Civil Veterinary Department. Madras. Admin. report 1910-25 - 1910-1925
Year: 1910
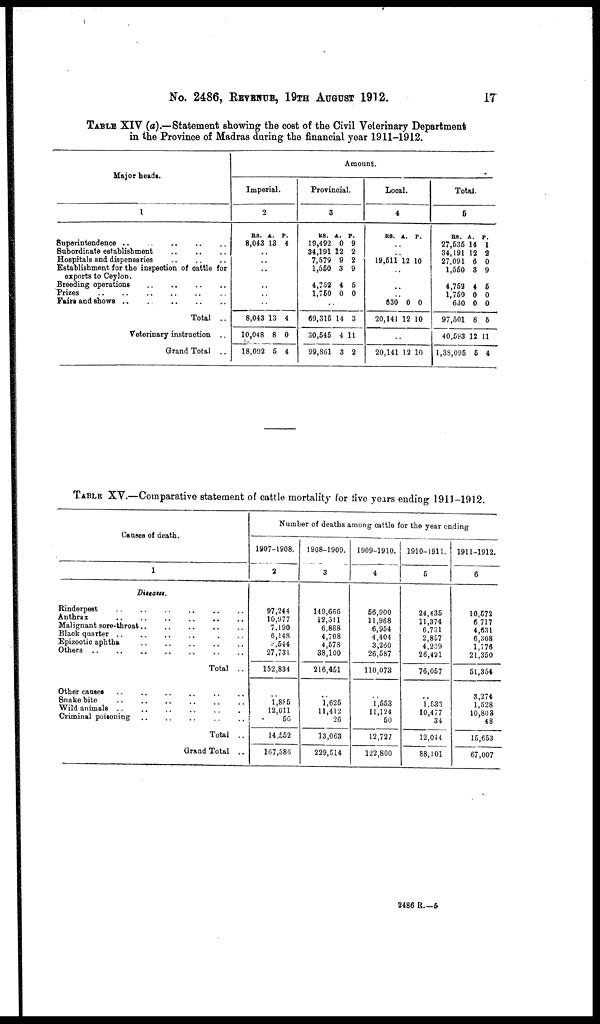
No. 2486, REVENUE, 19TH AUGUST 1912.
17
TABLE XIV (a).—Statement showing the cost of the Civil Veterinary Department
in the Province of Madras daring the financial year 1911-1912.
Major heads.
1
Superintendence
Subordinate establishment
Hospitals and dispensaries
Establishment for the inspection of cattle for
exports to Ceylon.
Breeding operations
Prizes
Fairs and shows ..
.
Total ..
Veterinary instruction ..
Grand Total ..
Amount.
Imperial.
2
RS.
8,043
A.
13
P.
4
..
..
..
..
..
..
8,043
10,048
18,092
13
8
5
4
0
4
Provincial.
3
RS.
19,492
34,191
7,579
1,560
4,752 1,750
A.
0
12
9
3
4 0
P.
9
2
2
9
5 0
..
69,315
30,545
99,861
14
4
3
3
11
2
Local.
4
RS. A. P.
..
..
19,511 12 10
..
..
..
630
20,141
0
12
0
10
..
20,141 12 10
Total.
5
RS.
27,535
34,191
27,091
1,550
4,752 1,750
630
97,501
40,593
1,38,095
A.
14
12
6
3
4 0
0
8
12
5
P.
1
2
0
9
5 0
0
5
11
4
TABLE XV.—Comparative statement of cattle mortality for five years ending 1911-1912.
Causes of death.
1
Diseases.
Rinderpest
Anthrax
Malignant sore-throat
Black quarter
Epizootic aphtha
Others
Total ..
Other causes
Snake bite
Wild animals
Criminal poisoning
Total ..
Grand Total ..
Number of deaths among cattle for the year ending
1907-1908.
2
97,244
10,977
7.190
6,148
3,544
27,731
152,834
..
1,885
12,611
56
14,552
167,386
1908-1909.
3
149,666
12,511
6,888
4,708
4,578
38,100
216,451
..
1,625
11,412
26
13,063
229,514
1909-1910.
4
56,900
11,968
6,954
4,404
3,260
26,587
110,073
..
1,553
11,124
50
12,727
122,800
1910-1911.
5
24,435
11,374
6,731
2,857
4,239
26,421
76,057
..
1,533
10,477
34
12,044
88,101
1911-1912
6
10,572
6 717
4,631
6,308
1,776
21,350
51,354
3,274
1,528
10,803
48
15,653
67,007
2486 R.—5